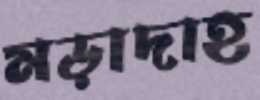
মড়াদাহ